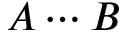
A \cdots B